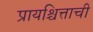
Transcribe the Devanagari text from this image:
प्रायश्चित्ताची